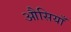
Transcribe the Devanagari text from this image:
औसियाँ